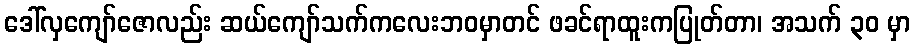
ဒေါ်လှကျော်ဇောလည်း ဆယ်ကျော်သက်ကလေးဘဝမှာတင် ဖခင်ရာထူးကပြုတ်တာ၊ အသက် ၃၀ မှာ